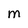
Character: M